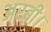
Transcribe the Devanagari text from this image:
अरबी।